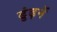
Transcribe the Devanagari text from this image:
ढुंढ़नें